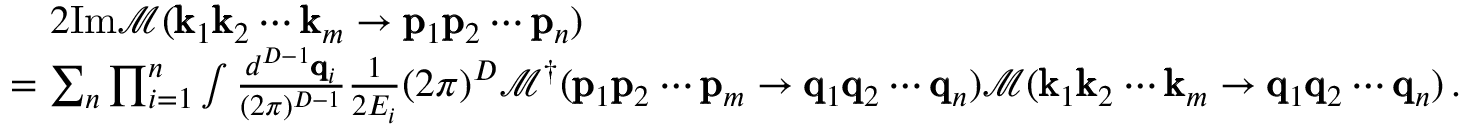
\begin{array} { r l } & { \quad 2 \mathrm { I m } \mathcal { M } ( \pmb { \mathrm { k } } _ { 1 } \pmb { \mathrm { k } } _ { 2 } \cdots \pmb { \mathrm { k } } _ { m } \rightarrow \pmb { \mathrm { p } } _ { 1 } \pmb { \mathrm { p } } _ { 2 } \cdots \pmb { \mathrm { p } } _ { n } ) } \\ & { = \sum _ { n } \prod _ { i = 1 } ^ { n } \int \frac { d ^ { D - 1 } \pmb { \mathrm { q } } _ { i } } { ( 2 \pi ) ^ { D - 1 } } \frac { 1 } { 2 E _ { i } } ( 2 \pi ) ^ { D } \mathcal { M } ^ { \dagger } ( \pmb { \mathrm { p } } _ { 1 } \pmb { \mathrm { p } } _ { 2 } \cdots \pmb { \mathrm { p } } _ { m } \rightarrow \pmb { \mathrm { q } } _ { 1 } \pmb { \mathrm { q } } _ { 2 } \cdots \pmb { \mathrm { q } } _ { n } ) \mathcal { M } ( \pmb { \mathrm { k } } _ { 1 } \pmb { \mathrm { k } } _ { 2 } \cdots \pmb { \mathrm { k } } _ { m } \rightarrow \pmb { \mathrm { q } } _ { 1 } \pmb { \mathrm { q } } _ { 2 } \cdots \pmb { \mathrm { q } } _ { n } ) \, . } \end{array}